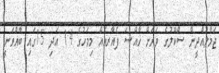
ޖަމާލުއްދީން ސްކޫލުގެ ވަރަށް ޚާއްޞަ ފެއާރއެއް މިމަހުގެ 14 އަދި 15ގައި ބާއްވަނީ